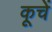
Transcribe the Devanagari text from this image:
कूचें